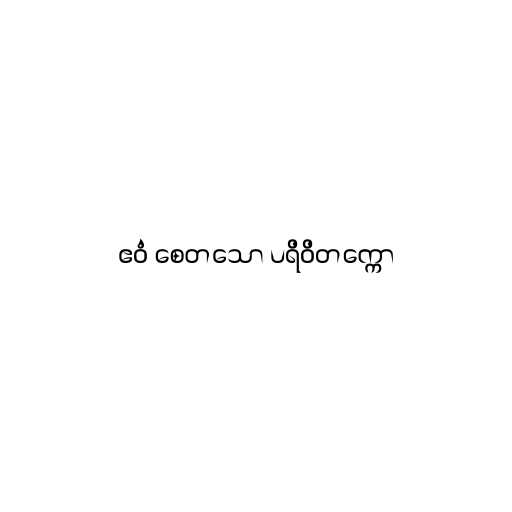
ဧဝံ စေတသော ပရိဝိတက္ကော